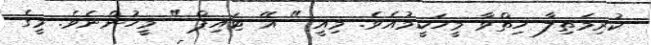
ކުރިމަތިލާ ހިތްވާ މީހަކީމުއެވެ. މިއީ " އޭ ޓައިޕް " މީހުންނެވެ. މީގެ